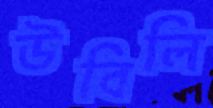
উবিলি